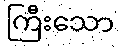
ကြီးသော